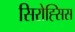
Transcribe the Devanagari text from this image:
सिरोह्सिस